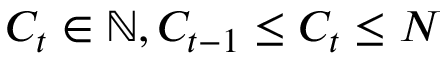
C _ { t } \in \mathbb { N } , C _ { t - 1 } \le C _ { t } \le N